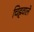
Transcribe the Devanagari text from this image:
चिह्रवाले